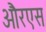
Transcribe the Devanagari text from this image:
औरएस